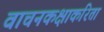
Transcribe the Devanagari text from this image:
वाचनकक्षाकरिता